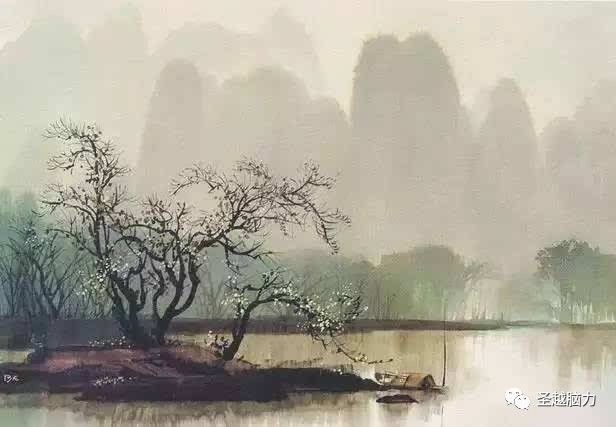
抽刀断水水更流，举杯消愁愁更愁。